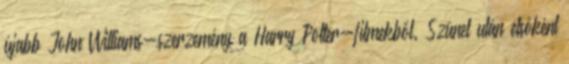
újabb John Williams-szerzemény a Harry Potter-filmekből. Szünet után elsőként